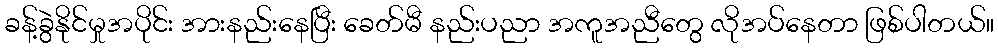
ခန့်ခွဲနိုင်မှုအပိုင်း အားနည်းနေပြီး ခေတ်မီ နည်းပညာ အကူအညီတွေ လိုအပ်နေတာ ဖြစ်ပါတယ်။